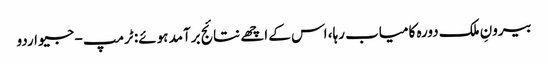
بیرونِ ملک دورہ کامیاب رہا، اس کے اچھے نتائج برآمد ہوئے: ٹرمپ - جیو اردو